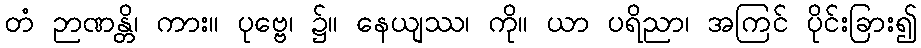
တံ ဉာဏန္တိ၊ ကား။ ပုဗ္ဗေ၊ ၌။ နေယျဿ၊ ကို။ ယာ ပရိညာ၊ အကြင် ပိုင်းခြား၍